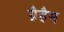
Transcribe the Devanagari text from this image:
ग्रैहैम